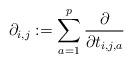
LaTeX: \begin{align*}\partial_{i,j}:=\sum_{a=1}^{p}\frac{\partial}{\partial t_{i,j,a}}\end{align*}